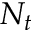
N _ { t }